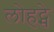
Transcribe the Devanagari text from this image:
लोहट्से